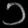
Digit: ၁